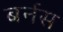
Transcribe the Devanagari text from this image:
बर्नस